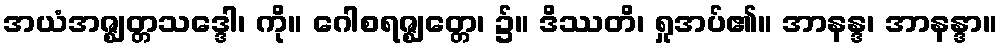
အယံအဇ္ဈတ္တသဒ္ဒေါ၊ ကို။ ဂေါစရဇ္ဈတ္တေ၊ ၌။ ဒိဿတိ၊ ရှုအပ်၏။ အာနန္ဒ၊ အာနန္ဒာ။